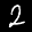
Label: 2